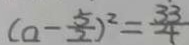
( a - \frac { 5 } { 2 } ) ^ { 2 } = \frac { 3 3 } { 4 }